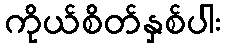
ကိုယ်စိတ်နှစ်ပါး